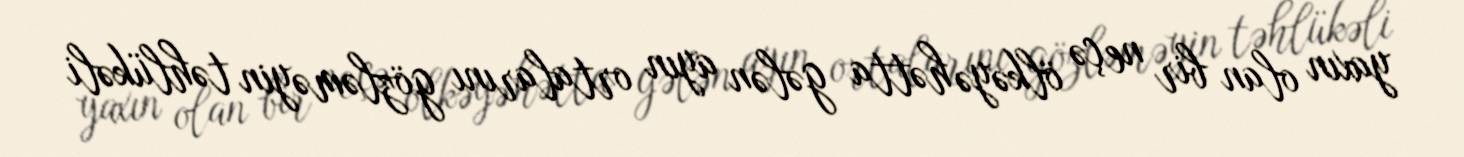
yaxın olan bir neçə ölkəyə hətta gələn ayın ortalarını gözləməyin təhlükəli